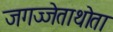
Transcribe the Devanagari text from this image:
जगज्जेताथोता